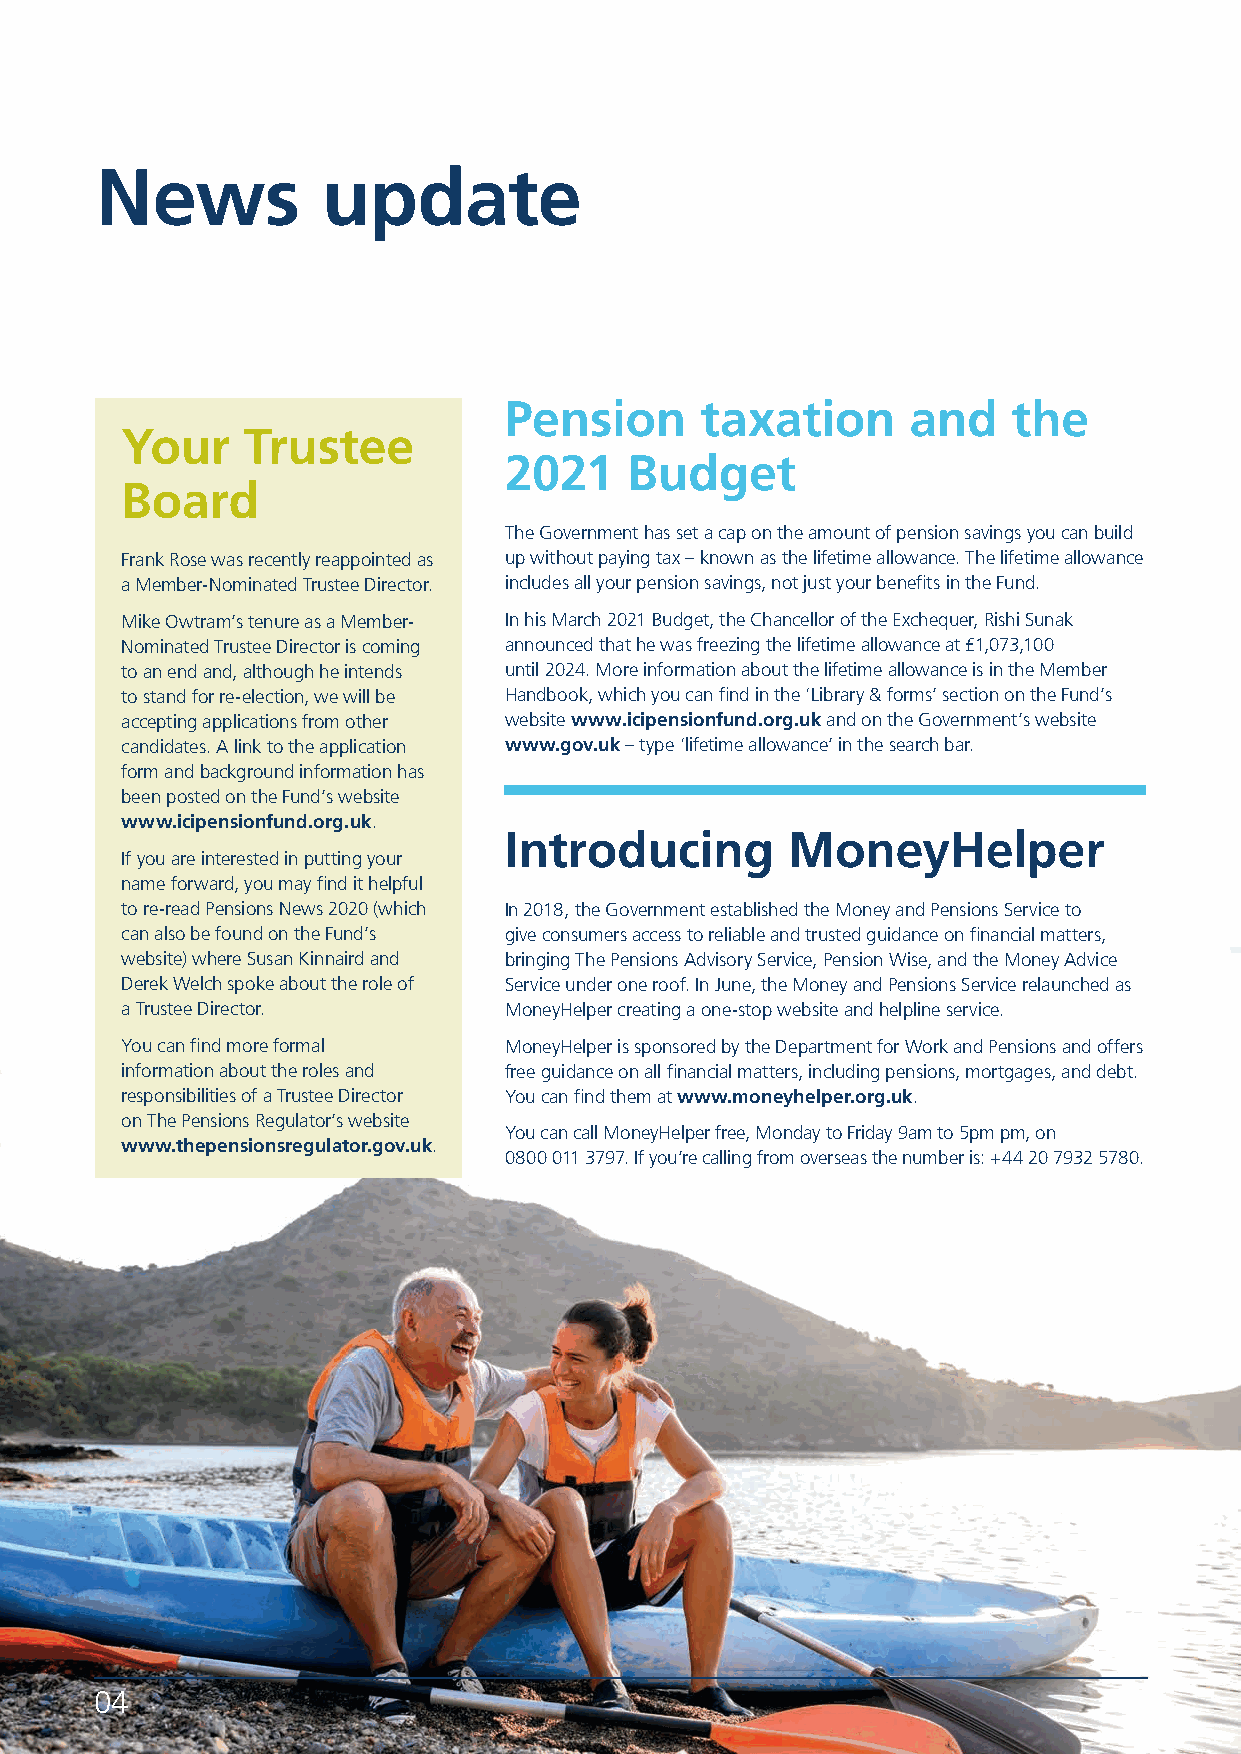
News           update
 Pension      taxation      and    the
 Your    Trustee
 2021     Budget
 Board
 The Government has set a cap on the amount of pension savings you can build
 Frank Rose was recently reappointed as up without paying tax – known as the lifetime allowance. The lifetime allowance
 a Member-Nominated Trustee Director. includes all your pension savings, not just your benefits in the Fund.
 Mike Owtram’s tenure as a Member- In his March 2021 Budget, the Chancellor of the Exchequer, Rishi Sunak
 Nominated Trustee Director is coming announced that he was freezing the lifetime allowance at £1,073,100
 to an end and, although he intends until 2024. More information about the lifetime allowance is in the Member
 to stand for re-election, we will be Handbook, which you can find in the ‘Library & forms’ section on the Fund’s
 accepting applications from other website www.icipensionfund.org.uk and on the Government’s website
 candidates. A link to the application www.gov.uk – type ‘lifetime allowance’ in the search bar.
 form and background information has
 been posted on the Fund’s website
 www.icipensionfund.org.uk.
 Introducing        MoneyHelper
 If you are interested in putting your
 name forward, you may find it helpful
 to re-read Pensions News 2020 (which In 2018, the Government established the Money and Pensions Service to
 can also be found on the Fund’s give consumers access to reliable and trusted guidance on financial matters,
 website) where Susan Kinnaird and bringing The Pensions Advisory Service, Pension Wise, and the Money Advice
 Derek Welch spoke about the role of Service under one roof. In June, the Money and Pensions Service relaunched as
 a Trustee Director.      MoneyHelper creating a one-stop website and helpline service.
 You can find more formal MoneyHelper is sponsored by the Department for Work and Pensions and offers
 information about the roles and free guidance on all financial matters, including pensions, mortgages, and debt.
 responsibilities of a Trustee Director You can find them at www.moneyhelper.org.uk.
 on The Pensions Regulator’s website
 You can call MoneyHelper free, Monday to Friday 9am to 5pm pm, on
 www.thepensionsregulator.gov.uk.
 0800 011 3797. If you’re calling from overseas the number is: +44 20 7932 5780.
 04